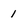
Character: 1